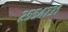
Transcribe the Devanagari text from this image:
२५५४७३१